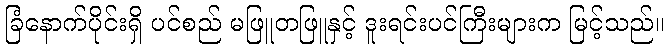
ခြံနောက်ပိုင်းရှိ ပင်စည် မဖြူတဖြူနှင့် ဒူးရင်းပင်ကြီးများက မြင့်သည်။